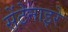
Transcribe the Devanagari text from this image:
सेंटेनाइरे